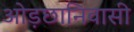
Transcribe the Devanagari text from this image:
ओड़छानिवासी